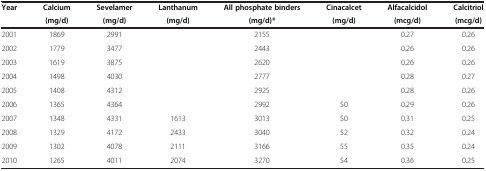
<table><thead><tr><td><b>Year</b></td><td><b>Calcium</b></td><td><b>Sevelamer</b></td><td><b>Lanthanum</b></td><td><b>All phosphate binders</b></td><td><b>Cinacalcet</b></td><td><b>Alfacalcidol</b></td><td><b>Calcitriol</b></td></tr><tr><td><b> </b></td><td><b>(mg/d)</b></td><td><b>(mg/d)</b></td><td><b>(mg/d)</b></td><td><b>(mg/d)*</b></td><td><b>(mg/d)</b></td><td><b>(mcg/d)</b></td><td><b>(mcg/d)</b></td></tr></thead><tbody><tr><td>2001</td><td>1869</td><td>2991</td><td> </td><td>2155</td><td> </td><td>0.27</td><td>0.26</td></tr><tr><td>2002</td><td>1779</td><td>3477</td><td> </td><td>2443</td><td> </td><td>0.26</td><td>0.26</td></tr><tr><td>2003</td><td>1619</td><td>3875</td><td> </td><td>2620</td><td> </td><td>0.26</td><td>0.26</td></tr><tr><td>2004</td><td>1498</td><td>4030</td><td> </td><td>2777</td><td> </td><td>0.28</td><td>0.27</td></tr><tr><td>2005</td><td>1408</td><td>4312</td><td> </td><td>2925</td><td> </td><td>0.28</td><td>0.26</td></tr><tr><td>2006</td><td>1365</td><td>4364</td><td> </td><td>2992</td><td>50</td><td>0.29</td><td>0.26</td></tr><tr><td>2007</td><td>1348</td><td>4331</td><td>1613</td><td>3013</td><td>50</td><td>0.31</td><td>0.25</td></tr><tr><td>2008</td><td>1329</td><td>4172</td><td>2433</td><td>3040</td><td>52</td><td>0.32</td><td>0.24</td></tr><tr><td>2009</td><td>1302</td><td>4078</td><td>2111</td><td>3166</td><td>55</td><td>0.35</td><td>0.24</td></tr><tr><td>2010</td><td>1265</td><td>4011</td><td>2074</td><td>3270</td><td>54</td><td>0.36</td><td>0.25</td></tr></tbody></table>